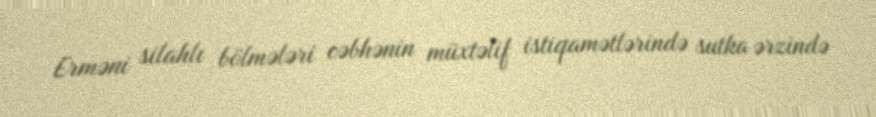
Erməni silahlı bölmələri cəbhənin müxtəlif istiqamətlərində sutka ərzində